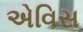
એવિસ